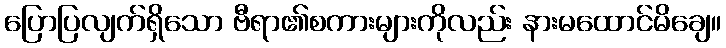
ပြောပြလျက်ရှိသော ဗီရာ၏စကားများကိုလည်း နားမထောင်မိချေ။